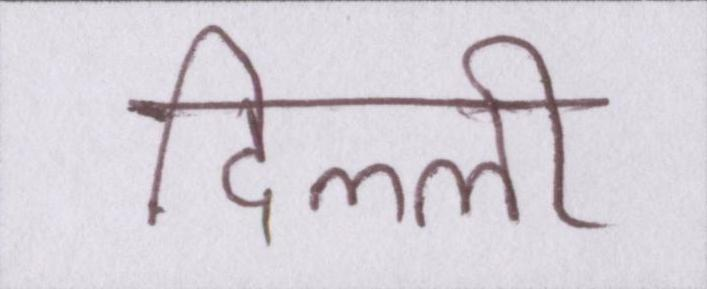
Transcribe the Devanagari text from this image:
दिल्ली